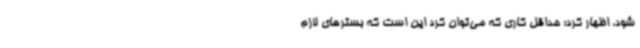
شود، اظهار کرد: حداقل کاری که می‌توان کرد این است که بسترهای لازم